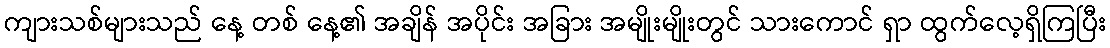
ကျားသစ်များသည် နေ့ တစ် နေ့၏ အချိန် အပိုင်း အခြား အမျိုးမျိုးတွင် သားကောင် ရှာ ထွက်လေ့ရှိကြပြီး